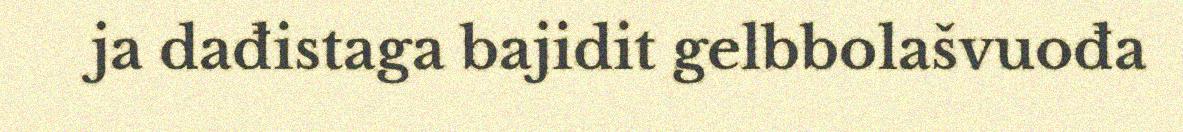
ja dađistaga bajidit gelbbolašvuođa